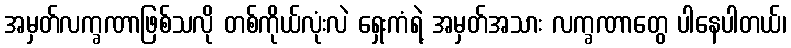
အမှတ်လက္ခဏာဖြစ်သလို တစ်ကိုယ်လုံးလဲ ရှေးကံရဲ့ အမှတ်အသား လက္ခဏာတွေ ပါနေပါတယ်၊